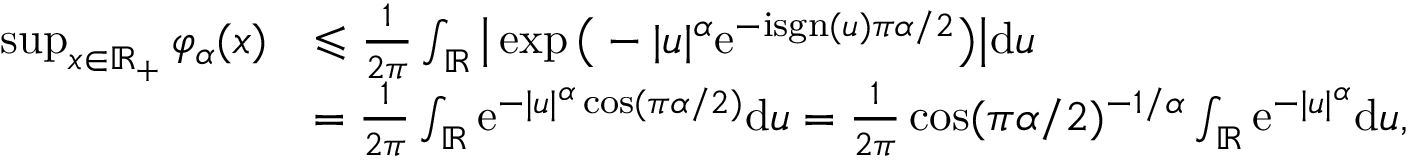
\begin{array} { r l } { \operatorname* { s u p } _ { x \in \mathbb { R } _ { + } } \varphi _ { \alpha } ( x ) } & { \leqslant \frac { 1 } { 2 \pi } \int _ { \mathbb { R } } \big | \exp \big ( - | u | ^ { \alpha } \mathrm { e } ^ { - \mathrm { i } \mathrm { s g n } ( u ) \pi \alpha / 2 } \big ) \big | \mathrm { d } u } \\ & { = \frac { 1 } { 2 \pi } \int _ { \mathbb { R } } \mathrm { e } ^ { - | u | ^ { \alpha } \cos ( \pi \alpha / 2 ) } \mathrm { d } u = \frac { 1 } { 2 \pi } \cos ( \pi \alpha / 2 ) ^ { - 1 / \alpha } \int _ { \mathbb { R } } \mathrm { e } ^ { - | u | ^ { \alpha } } \mathrm { d } u , } \end{array}